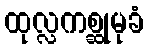
ထုလ္လကစ္ဆုမုခံ